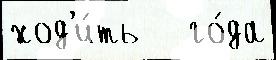
ход'и́ть   го́да